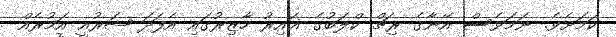
ކަމަށެވެ. ނަމަވެސް އޭނާގެ ރިޗް ކްލަބުގެ ޣައިރު ހާޒިރުގައި އެފަދަ ޝަރުއީ އަމުރެއް